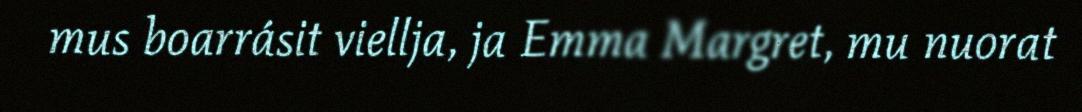
mus boarrásit viellja, ja Emma Margret, mu nuorat